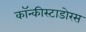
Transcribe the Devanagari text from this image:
कॉन्कीस्टाडोरस